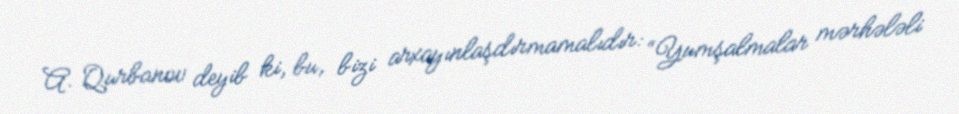
A. Qurbanov deyib ki, bu, bizi arxayınlaşdırmamalıdır: “Yumşalmalar mərhələli